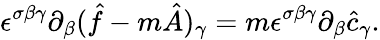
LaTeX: \epsilon^{\sigma\beta\gamma}\partial_{\beta}(\hat{f}-m\hat{A})_{\gamma}=m\epsilon^{\sigma\beta\gamma}\partial_{\beta}\hat{c}_{\gamma}.